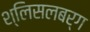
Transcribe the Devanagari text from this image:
श्लिसलबर्ग